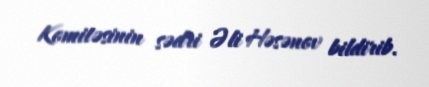
Komitəsinin sədri Əli Həsənov bildirib.